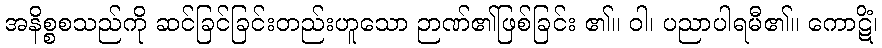
အနိစ္စစသည်ကို ဆင်ခြင်ခြင်းတည်းဟူသော ဉာဏ်၏ဖြစ်ခြင်း ၏။ ဝါ၊ ပညာပါရမီ၏။ ကောဋိံ၊